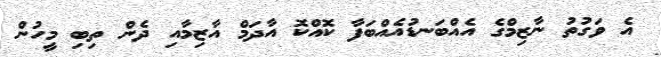
އެ ވަގުތު ނާޒިމްގެ އެއްބަނޑުއެއްބަފާ ކޮއްކޮ އާދަމް އާޒިމާއި ދެން ތިބި މީހުން